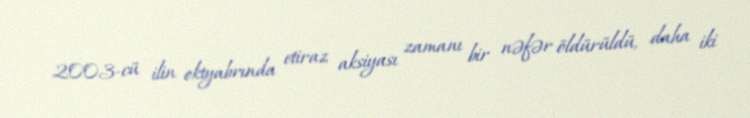
2003-cü ilin oktyabrında etiraz aksiyası zamanı bir nəfər öldürüldü, daha iki